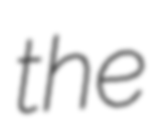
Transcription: the